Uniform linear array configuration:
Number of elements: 4
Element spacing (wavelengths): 1
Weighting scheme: uniform
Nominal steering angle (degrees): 60
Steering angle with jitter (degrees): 58.779
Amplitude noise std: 0.05
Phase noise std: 0.05

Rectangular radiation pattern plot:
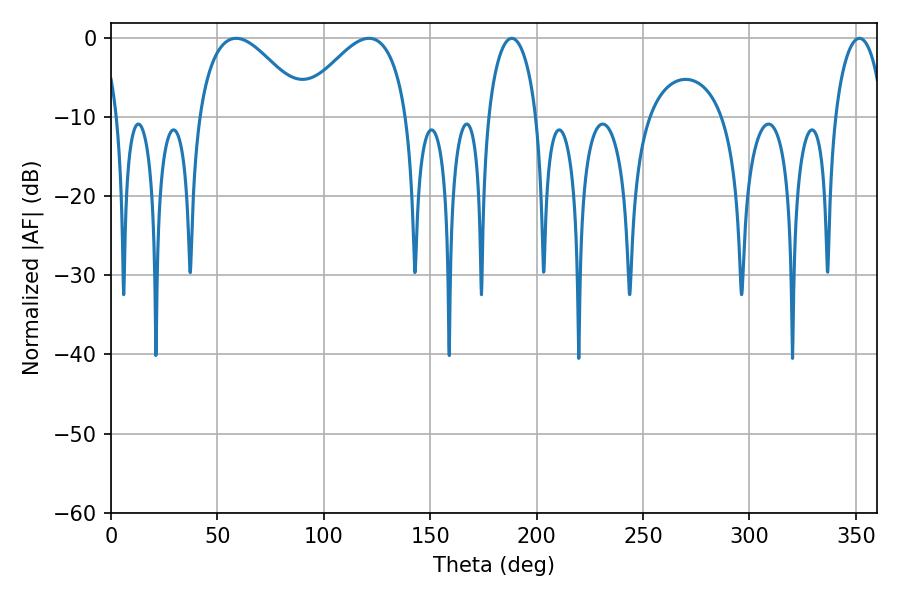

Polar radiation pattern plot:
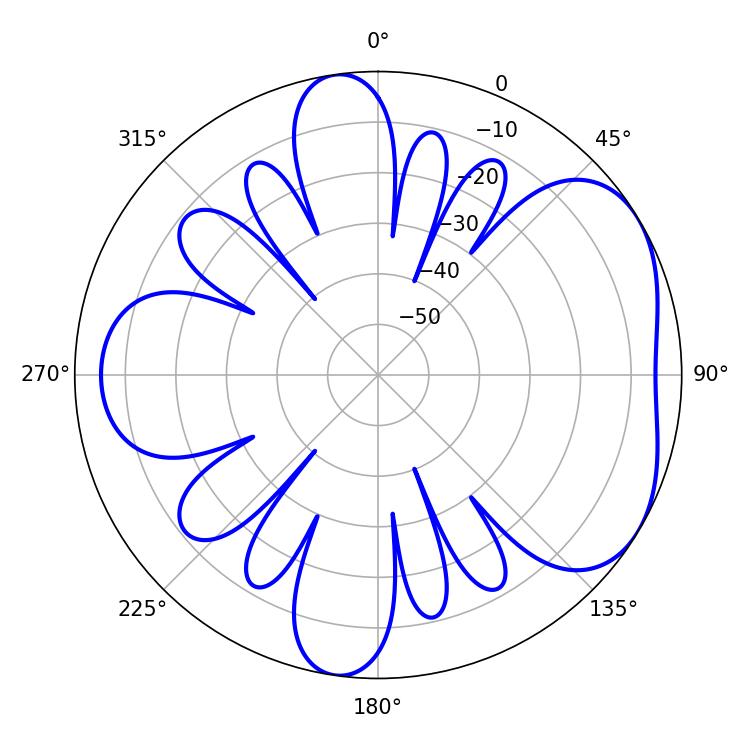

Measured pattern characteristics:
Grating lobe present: TRUE
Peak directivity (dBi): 4.759
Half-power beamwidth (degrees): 27.72
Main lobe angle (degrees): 58.86